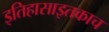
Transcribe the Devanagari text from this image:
इतिहासाइतकाच